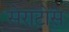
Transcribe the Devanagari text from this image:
सेराटोस